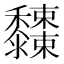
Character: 𪐓